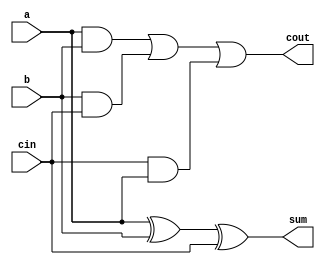
`timescale 1ns / 1ps
//////////////////////////////////////////////////////////////////////////////////
// Company: 
// Engineer: 
// 
// Design Name: 
// Module Name:    full_adder 
// Project Name: 
// Target Devices: 
// Tool versions: 
// Description: 
//
// Dependencies: 
//
// Revision: 
// Revision 0.01 - File Created
// Additional Comments: 
//
//////////////////////////////////////////////////////////////////////////////////
module full_adder(a,b,cin,sum,cout
    );
	input a;
	input b;
	input cin;
	
	output sum;
	wire sum;
	output cout;
	wire cout;
	
	assign sum = ((a^b)^cin);
	assign cout = (((a&b)|(b&cin))|(cin&a));
	

endmodule